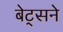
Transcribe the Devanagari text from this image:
बेट्सने